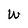
Character: W